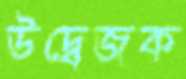
উদ্বেজক